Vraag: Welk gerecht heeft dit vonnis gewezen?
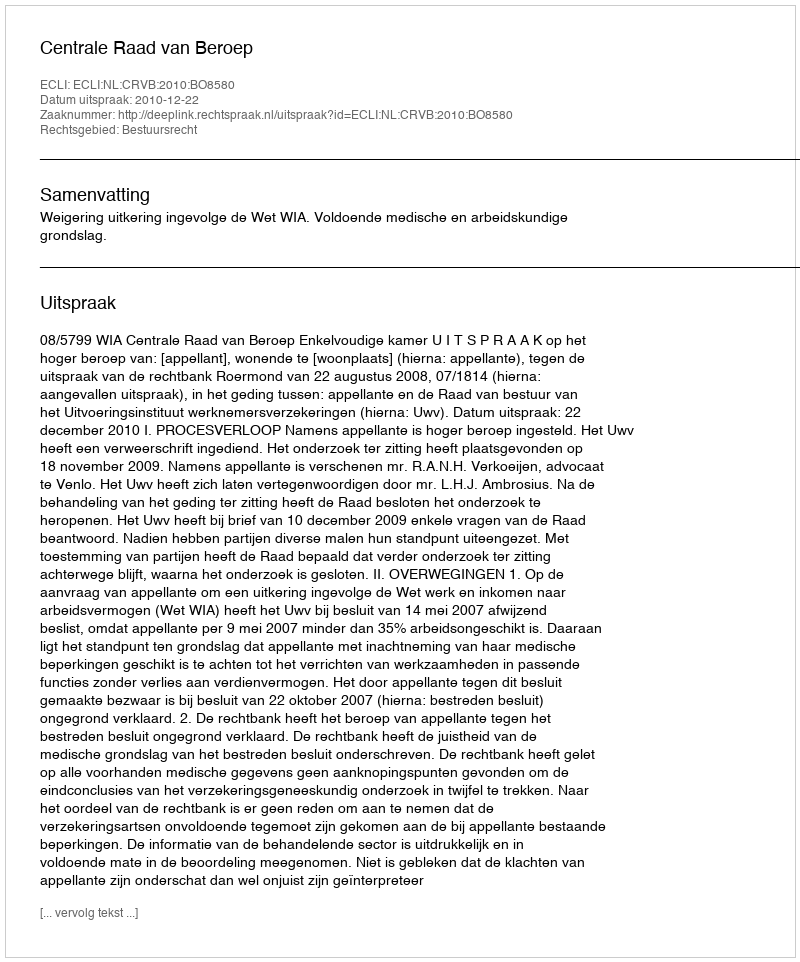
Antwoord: Centrale Raad van Beroep